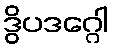
ဒွိပဒဂ္ဂေါ